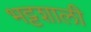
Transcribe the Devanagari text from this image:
भट्टशाली